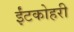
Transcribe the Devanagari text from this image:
ईंटकोहरी